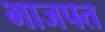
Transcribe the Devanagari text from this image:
भाजपत